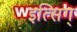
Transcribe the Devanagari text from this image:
इत्सिग्